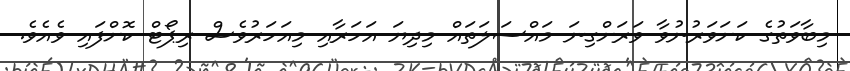
މިބާވަތުގެ ކަށަވަރުނުވާ ވަރަށްގިނަ މައްސަލަތައް މިދިޔަ އަހަރާއި މިއަހަރުވެސް ރިޕޯޓް ކޮށްފައި ވެއެވެ.